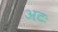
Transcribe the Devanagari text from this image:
अटः